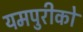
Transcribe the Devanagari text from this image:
यमपुरीको